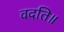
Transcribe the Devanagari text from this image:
वदति॥